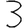
Digit: 3